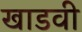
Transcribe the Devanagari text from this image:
खाडवी